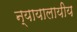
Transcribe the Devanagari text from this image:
न्यायालायीय